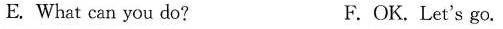
E. What can you do? F.OK. Let's go.